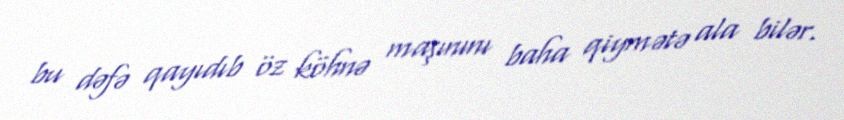
bu dəfə qayıdıb öz köhnə maşınını baha qiymətə ala bilər.